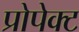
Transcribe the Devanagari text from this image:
प्रोपेक्ट